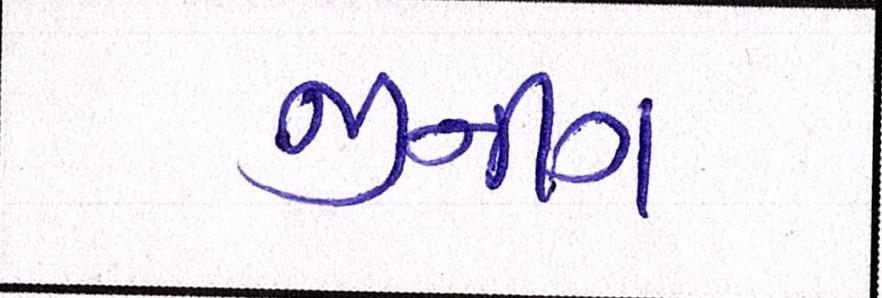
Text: જીનીંગ